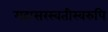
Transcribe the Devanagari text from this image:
महासरस्वतीस्वरुपि